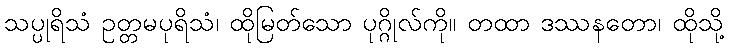
သပ္ပုရိသံ ဥတ္တမပုရိသံ၊ ထိုမြတ်သော ပုဂ္ဂိုလ်ကို။ တထာ ဒဿနတော၊ ထိုသို့